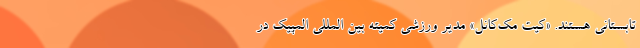
تابستانی هستند. «کیت مک‌کانل» مدیر ورزشی کمیته بین المللی المپیک در